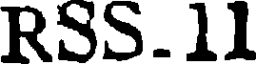
RSS.11